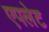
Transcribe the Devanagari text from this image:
एपलेट